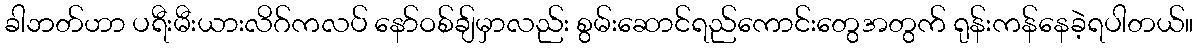
ခါဘတ်ဟာ ပရီးမီးယားလိဂ်ကလပ် နော်ဝစ်ချ်မှာလည်း စွမ်းဆောင်ရည်ကောင်းတွေအတွက် ရုန်းကန်နေခဲ့ရပါတယ်။